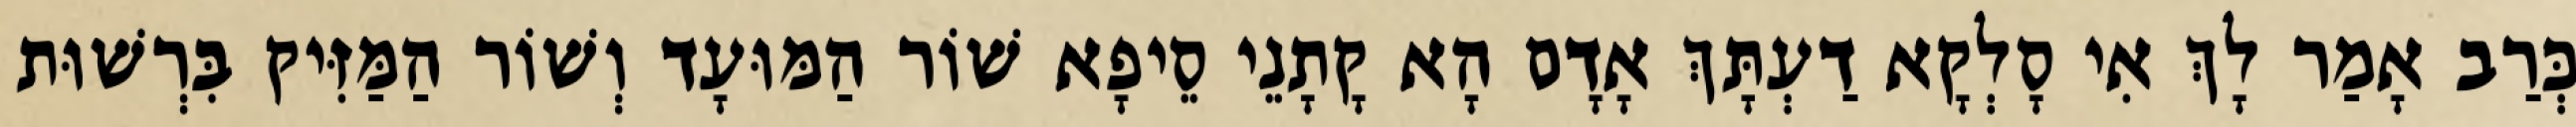
כְּרַב אָמַר לָךְ אִי סָלְקָא דַעְתָּךְ אָדָם הָא קָתָנֵי סֵיפָא שׁוֹר הַמּוּעָד וְשׁוֹר הַמַּזִּיק בִּרְשׁוּת